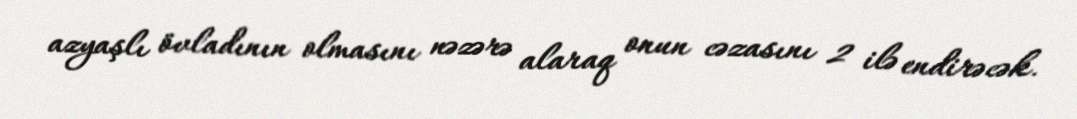
azyaşlı övladının olmasını nəzərə alaraq onun cəzasını 2 ilə endirəcək.